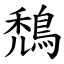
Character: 鵚